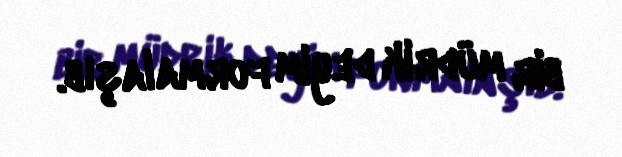
bir müdrik deyim formalaşıb.